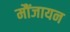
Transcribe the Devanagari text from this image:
मौंजायन